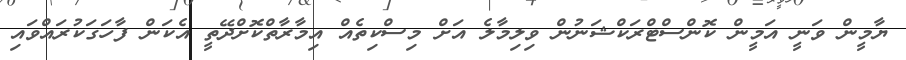
ޔާމީން ވަނީ އަމީން ކޮންސްޓްރަކްޝަނުން ވިލިމާލެ އަށް މިސްކިތެއް އިމާރާތްކޮށްދޭތީ އެކަން ފާހަގަކުރައްވައި